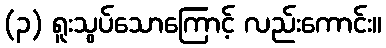
(၃) ရူးသွပ်သောကြောင့် လည်းကောင်း။